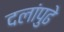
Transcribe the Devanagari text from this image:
दलांपुढे